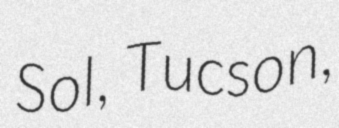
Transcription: Sol, Tucson,